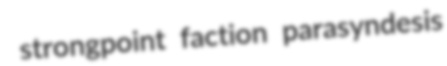
strongpoint faction parasyndesis